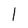
Character: I